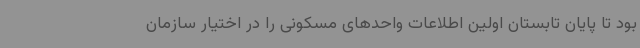
بود تا پایان تابستان اولین اطلاعات واحدهای مسکونی را در اختیار سازمان